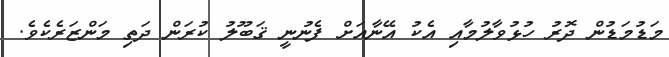
މަޑުމަޑުން ދޮރު ހުޅުވާލުމާއި އެކު އޭނާއަށް ފެނުނީ ޤަބޫލު ކުރަން ދަތި މަންޒަރެކެވެ.